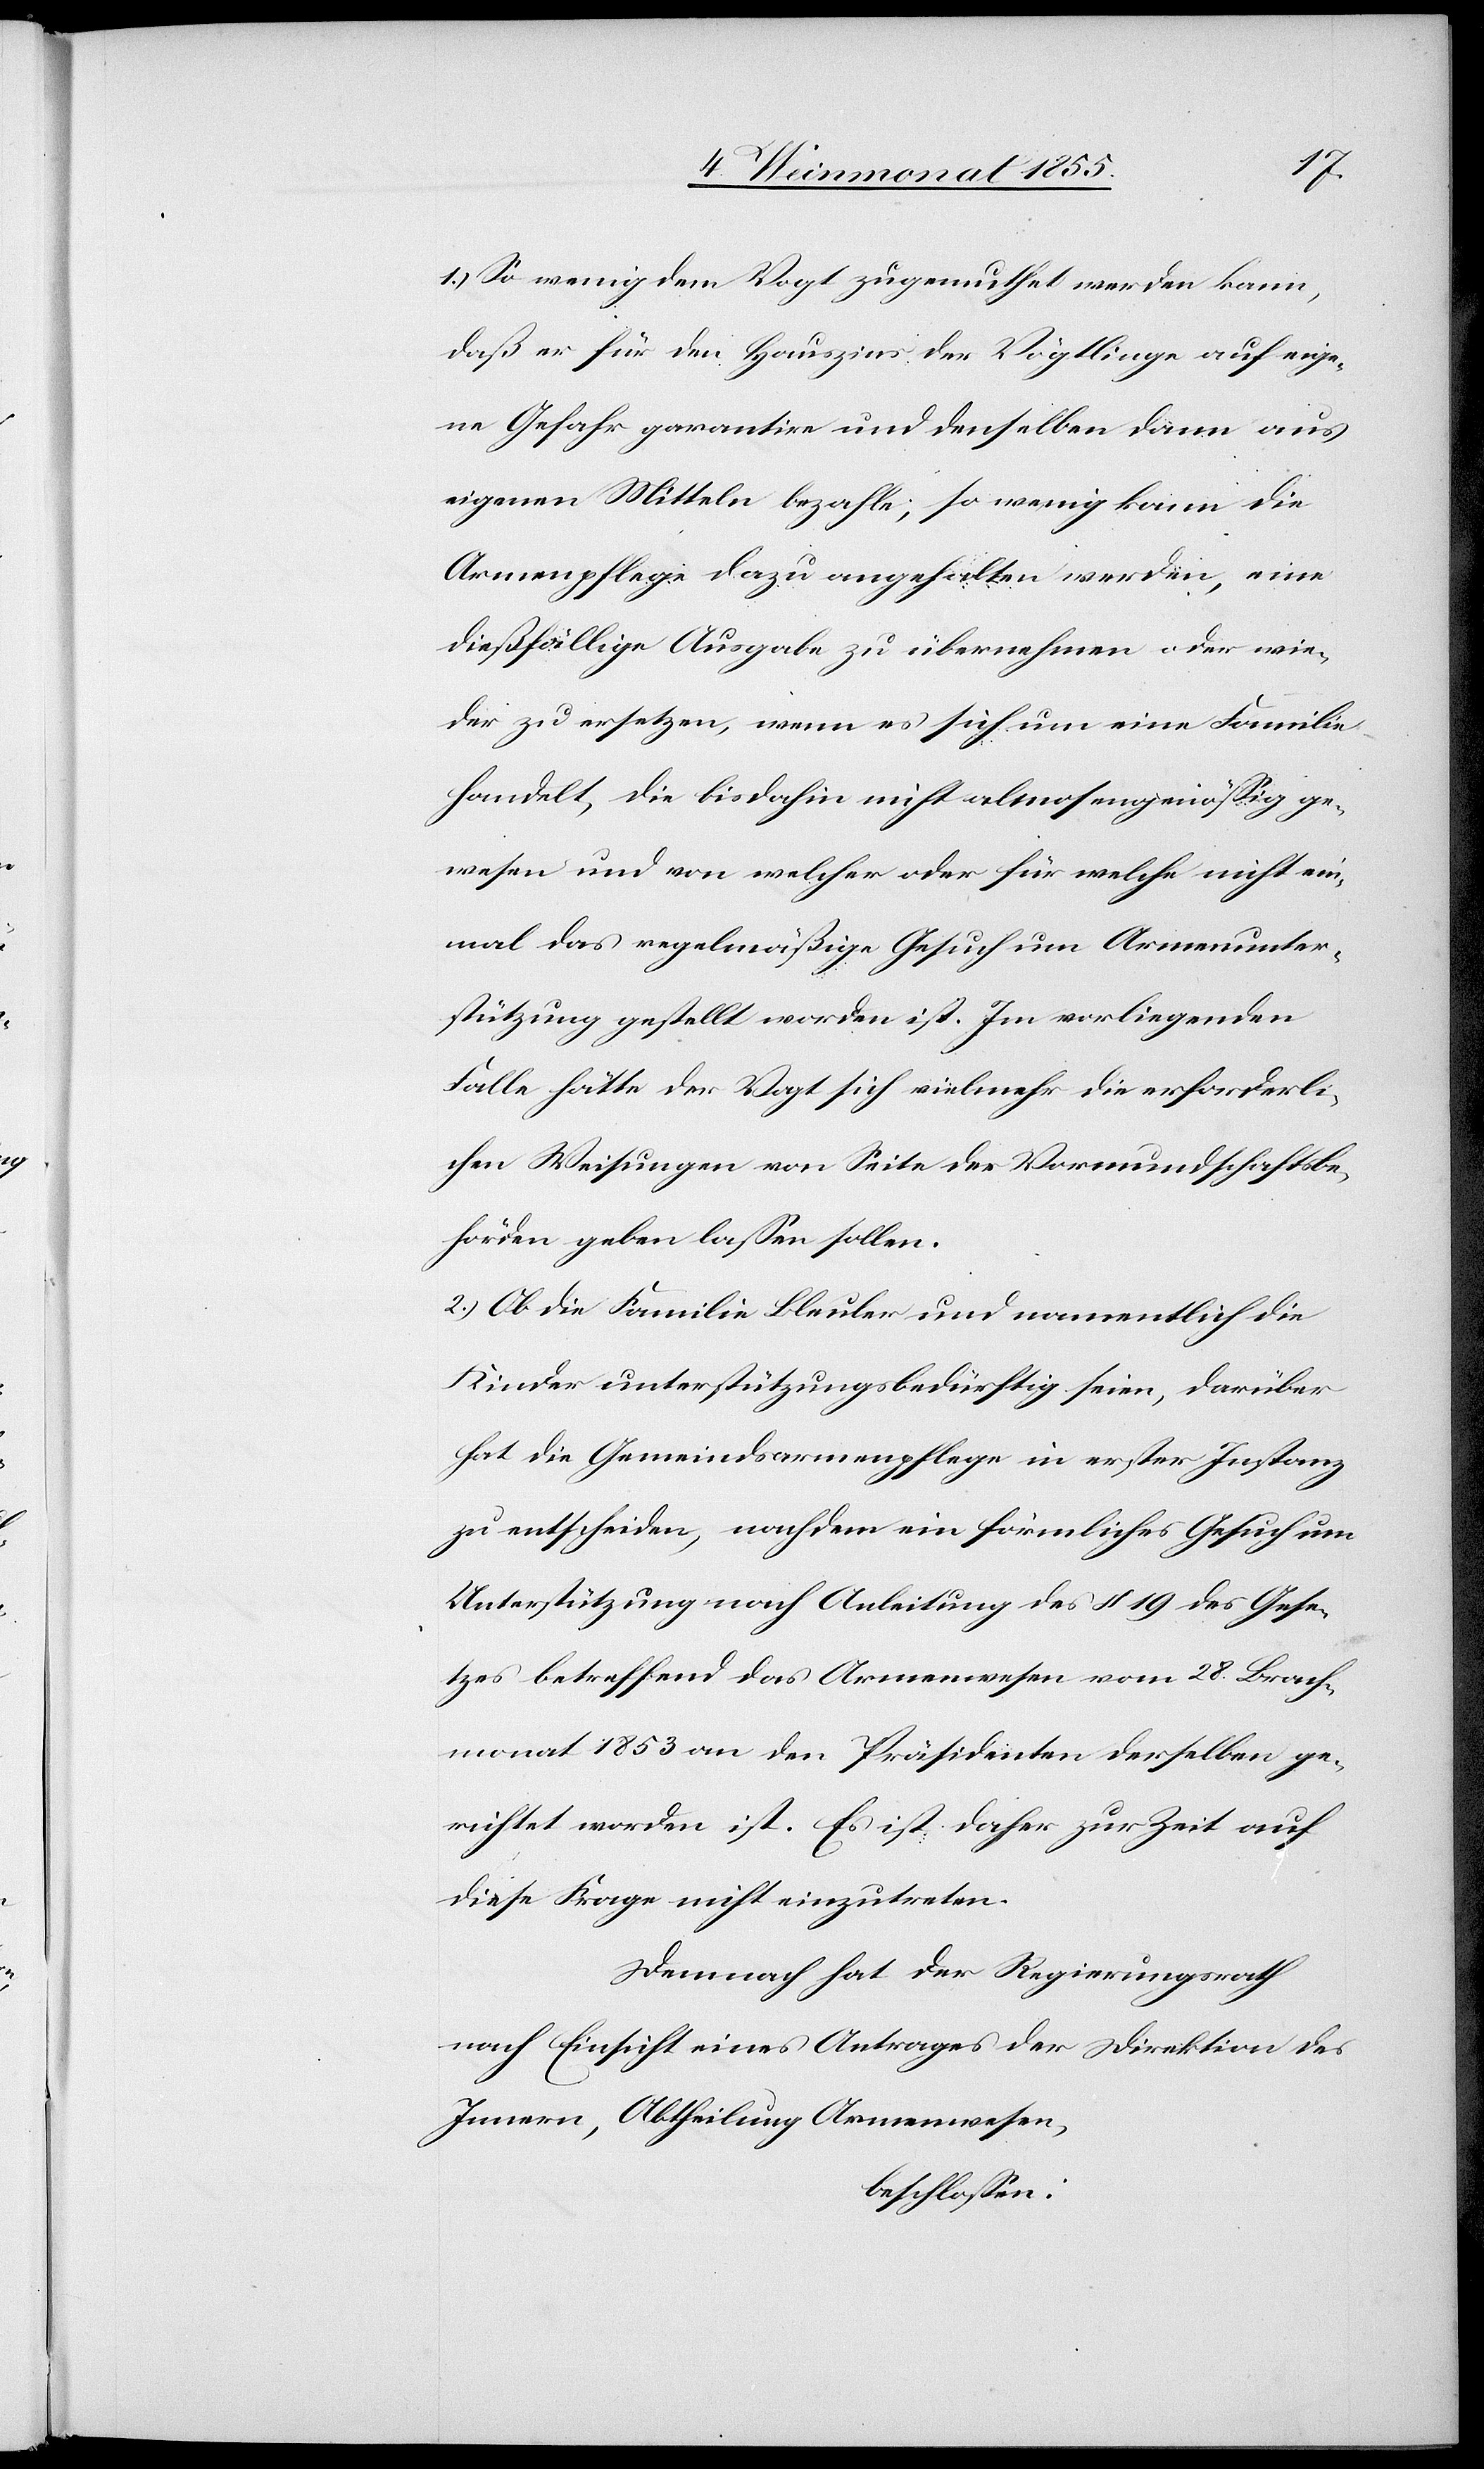
1.) So wenig dem Vogt zugemuthet werden kann,
daß er für den Hauszins der Vögtlinge auf eige¬
ne Gefahr garantire und denselben dann aus
eigenen Mitteln bezahle; so wenig kann die
Armenpflege dazu angehalten werden, eine
dießfällige Ausgabe zu übernehmen oder wie¬
der zu ersetzen, wenn es sich um eine Familie
handelt, die bisdahin nicht almosengenössig ge¬
wesen und von welcher oder für welche nicht ein¬
mal das regelmäßige Gesuch um Armenunter¬
stützung gestellt worden ist. Im vorliegenden
Falle hätte der Vogt sich vielmehr die erforderli¬
chen Weisungen von Seite der Vormundschaftsbe¬
hörden geben lassen sollen.
2.) Ob die Familie Bleuler und namentlich die
Kinder unterstützungsbedürftig seien, darüber
hat die Gemeindsarmenpflege in erster Instanz
zu entscheiden, nachdem ein förmliches Gesuch um
Unterstützung nach Anleitung des § 19 des Gese¬
tzes betreffend das Armenwesen vom 28. Brach¬
monat 1853 an den Präsidenten derselben ge¬
richtet worden ist. Es ist daher zur Zeit auf
diese Frage nicht einzutreten.
Demnach hat der Regierungsrath
nach Einsicht eines Antrages der Direktion des
Innern, Abtheilung Armenwesen,
beschlossen: